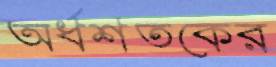
অর্ধশতকের